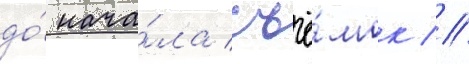
до́ нача́ла съё́мок //